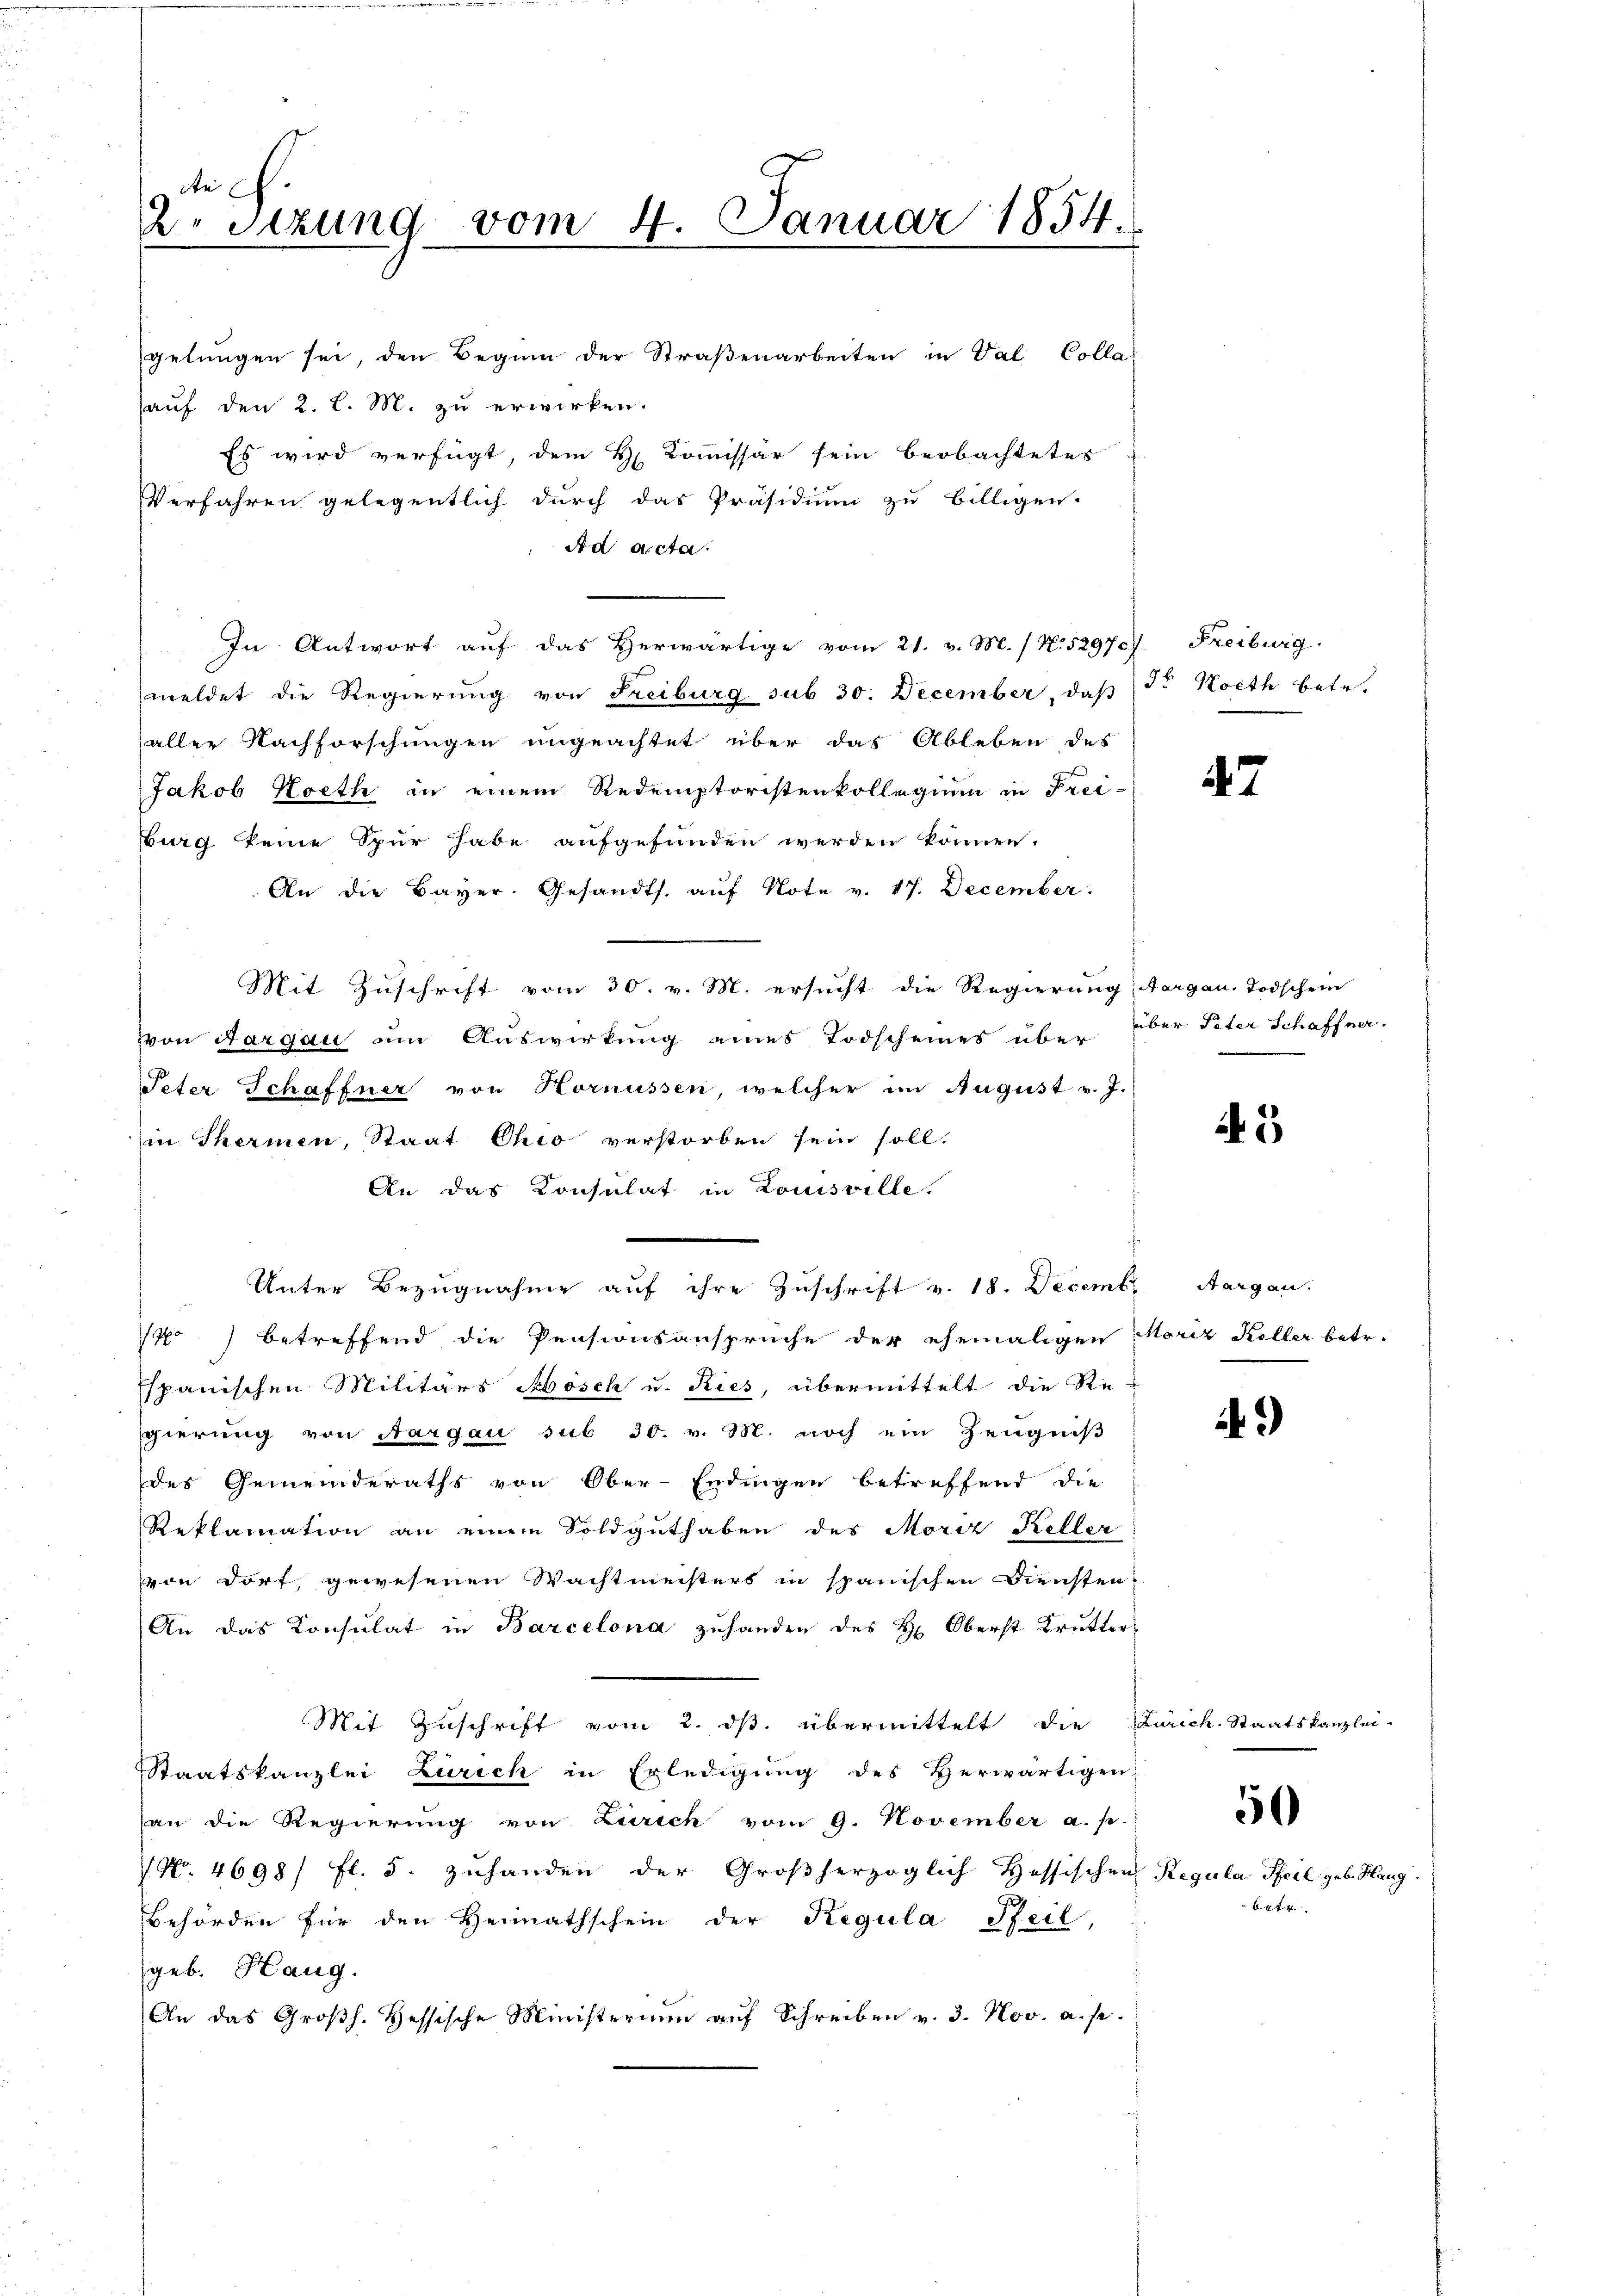
de
2. Sizung vom 4. Januar 1854.

Es wird verfügt, dem H. Kommissär sein beobachtetes
Verfahren gelegentlich durch das Präsidium zu billigen.
Ad acta.
In Antwort auf das Herwärtige vom 21. v. M. (N. 52970) Freiburg.
meldet die Regierung von Freiburg sub 30. December, daβ Fr. Koth betr.
aller Nachforschungen ungeachtet über das Ableben des
Jakob Koeth in einem Redemptoristenkollegium in Frei-
burg keine Spur habe aufgefunden werden können.
An die Bayer. Gesandts. aŭf Note v. 17. December.
Mit Zuschrift vom 30. v. M. ersucht die Regierung, Aargau. Todschein
von Aargau um Auswirkung eines Todscheines über über Peter Schaffner.
Peter Schaffner von Hornüssen, welcher im August v. J.
in Thermen, Staat Chio verstorben sein soll.
An das Konsulat in Louisville
Unter Bezŭgnahme aŭf ihre Zuschrift v. 18. Decemb. Aargau.
o) betreffend die Pensionsanspruche der ehemaligen Moriz Keller betr.
Espanischen Militärs Mösch u. Ries, übermittelt die Re-
sgierung von Aargau sub 30. v. M. noch ein Zeugniß
des Gemeinderaths von Ober-Endingen betreffend die
Reklamation an einem Soldguthaben des Moriz Keller
von dort, gewesenen Wachtmeisters in spanischen Diensten.
An das Konsulat in Barcelona zuhanden des H. Oberst Krutter¬
Mit Zuschrift vom 2. ds. übermittelt die Zürich. Staatskanzlei-
Staatskanzlei Zürich in Erledigung des Herwärtigen
an die Regierŭng von Zürich vom 9. November a. p.
 No. 4698/ fl. 5. zuhanden der Großherzoglich Hessischen Regula Pfeil geb. Hang
Behörden für den Heimathschein der Regula Pfeil,
geb. Hang.
An das Großh. Hessische Ministerium auf Schreiben v. 3. Nov. a. p.

gelungen sei, den Beginn der Straßenarbeiten in Val Colle¬
(auf den 2. l. M. zu erwirken.

47

43

)

50

60fr